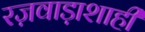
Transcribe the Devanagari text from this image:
रज़वाड़ाशाही